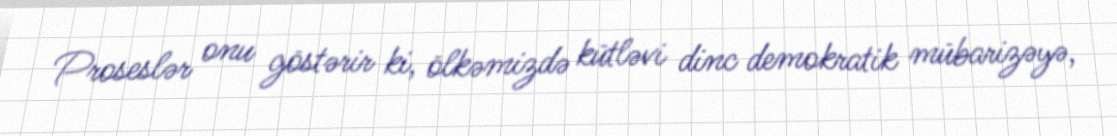
Proseslər onu göstərir ki, ölkəmizdə kütləvi dinc demokratik mübarizəyə,